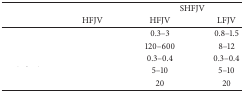
<table><thead><tr><td rowspan="2">[EMPTY_CELL]</td><td>[EMPTY_CELL]</td><td colspan="2"><b>SHFJV</b></td></tr><tr><td><b>HFJV</b></td><td><b>HFJV</b></td><td><b>LFJV</b></td></tr></thead><tbody><tr><td>[EMPTY_CELL]</td><td>[EMPTY_CELL]</td><td>0.3–3</td><td>0.8–1.5</td></tr><tr><td>[EMPTY_CELL]</td><td>[EMPTY_CELL]</td><td>120–600</td><td>8–12</td></tr><tr><td>[EMPTY_CELL]</td><td>[EMPTY_CELL]</td><td>0.3–0.4</td><td>0.3–0.4</td></tr><tr><td>[EMPTY_CELL]</td><td>[EMPTY_CELL]</td><td>5–10</td><td>5–10</td></tr><tr><td>[EMPTY_CELL]</td><td>[EMPTY_CELL]</td><td>20</td><td>20</td></tr></tbody></table>